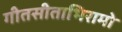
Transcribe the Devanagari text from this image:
गीतसीताभिरामो